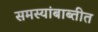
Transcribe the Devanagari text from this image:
समस्यांबाब्तीत